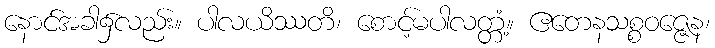
နောင်အခါ၌လည်း။ ပါလယိဿတိ၊ စောင့်မပါလတ္တံ့။ ဧတေနသစ္စဝဇ္ဇေန၊